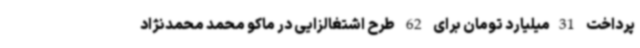
پرداخت 31میلیارد تومان برای 62 طرح اشتغالزایی در ماکو محمد محمدنژاد